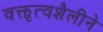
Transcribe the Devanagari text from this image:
वक्तृत्वशैलीने